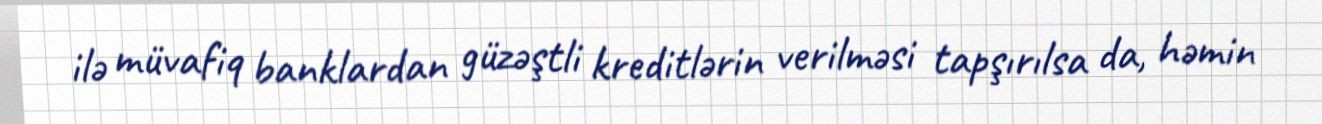
ilə müvafiq banklardan güzəştli kreditlərin verilməsi tapşırılsa da, həmin